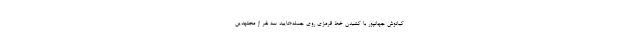
کیانوش جهانپور با کشیدن خط قرمزی روی جمله«تایید سه نفر از مجتهدین